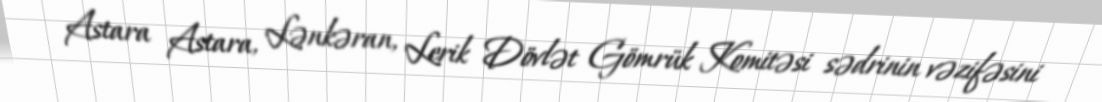
Astara Astara, Lənkəran, Lerik Dövlət Gömrük Komitəsi sədrinin vəzifəsini